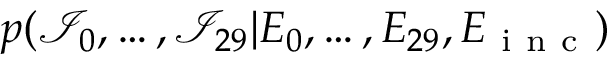
p ( { \mathcal I } _ { 0 } , \dots , { \mathcal I } _ { 2 9 } | E _ { 0 } , \dots , E _ { 2 9 } , E _ { \mathrm { ~ i ~ n ~ c ~ } } )